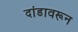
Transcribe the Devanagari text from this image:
दांडावरून